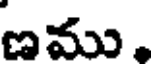
ణము,